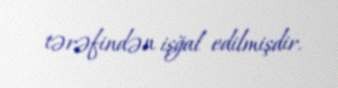
tərəfindən işğal edilmişdir.